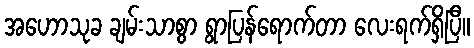
အဟောသုခ ချမ်းသာစွာ ရွာပြန်ရောက်တာ လေးရက်ရှိပြီ။